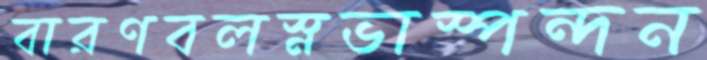
বারণবলস্নভাস্পন্দন